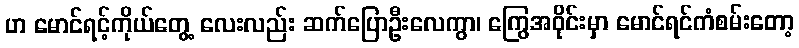
ဟ မောင်ရင့်ကိုယ်တွေ့ လေးလည်း ဆက်ပြောဦးလေကွာ၊ ကြွေအဝိုင်းမှာ မောင်ရင်ကံစမ်းတော့